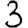
Digit: 3